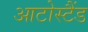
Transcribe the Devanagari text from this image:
आटोस्टैंड